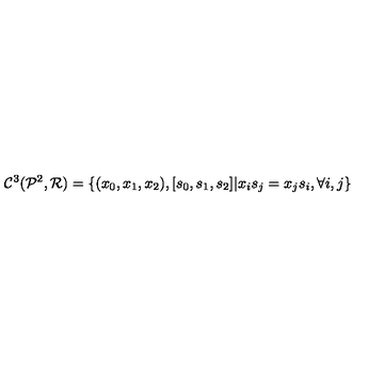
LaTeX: { { \mathcal C } ^ { 3 } } ( { { \mathcal P } ^ { 2 } } , { \mathcal R } ) = \{ ( { x _ { 0 } } , { x _ { 1 } } , { x _ { 2 } } ) , [ { s _ { 0 } } , { s _ { 1 } } , { s _ { 2 } } ] \vert { x _ { i } } { s _ { j } } = { x _ { j } } { s _ { i } } , \forall i , j \}